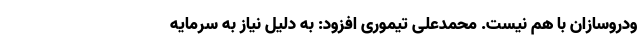
ودروسازان با هم نیست. محمدعلی تیموری افزود: به دلیل نیاز به سرمایه